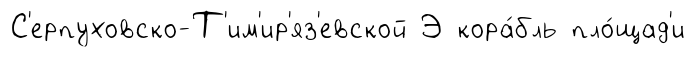
С'ерпуховско-Т'им'ир'яз'евской Э кора́бль пло́щад'и